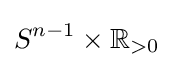
S^{n-1}\times \mathbb {R} _{>0}